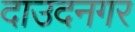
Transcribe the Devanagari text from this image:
दाउदनगर